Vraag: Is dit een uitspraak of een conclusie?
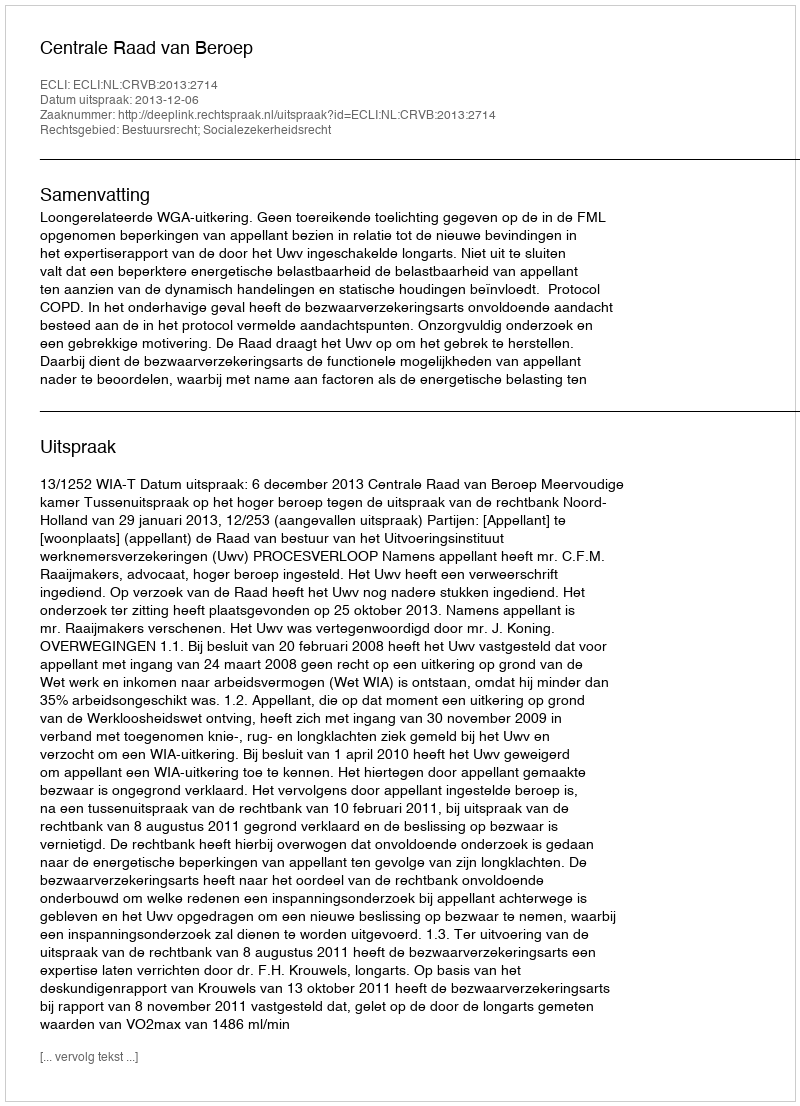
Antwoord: Uitspraak